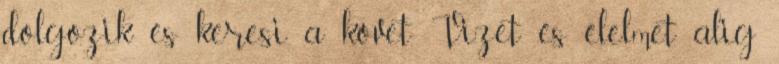
dolgozik és keresi a követ. Vizet és élelmet alig